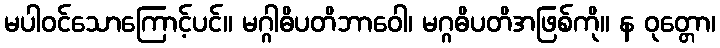
မပါဝင်သောကြောင့်ပင်။ မဂ္ဂါဓိပတိဘာဝေါ၊ မဂ္ဂဓိပတိအဖြစ်ကို။ န ဝုတ္တော၊